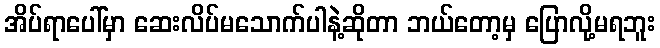
အိပ်ရာပေါ်မှာ ဆေးလိပ်မသောက်ပါနဲ့ဆိုတာ ဘယ်တော့မှ ပြောလို့မရဘူး